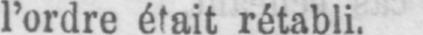
l’ordre était rétabli.